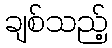
ချစ်သည့်